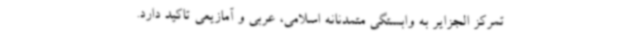
تمرکز الجزایر به وابستگی متمدنانه اسلامی، عربی و آمازیعی تاکید دارد.